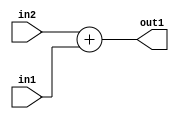
`timescale 1ps / 1ps
/*****************************************************************************
    Verilog RTL Description
    
    
    Created by: Stratus DpOpt 2019.1.01 
*******************************************************************************/

module st_weight_addr_gen_Add_32Ux16U_32U_4_7 (
	in2,
	in1,
	out1
	); /* architecture "behavioural" */ 
input [31:0] in2;
input [15:0] in1;
output [31:0] out1;
wire [31:0] asc001;

assign asc001 = 
	+(in2)
	+(in1);

assign out1 = asc001;
endmodule

/* CADENCE  ubP2Sgg= : u9/ySgnWtBlWxVPRXgAZ4Og= ** DO NOT EDIT THIS LINE ******/